Calcutta medical institutions reports 1892-1900
Year: 1892
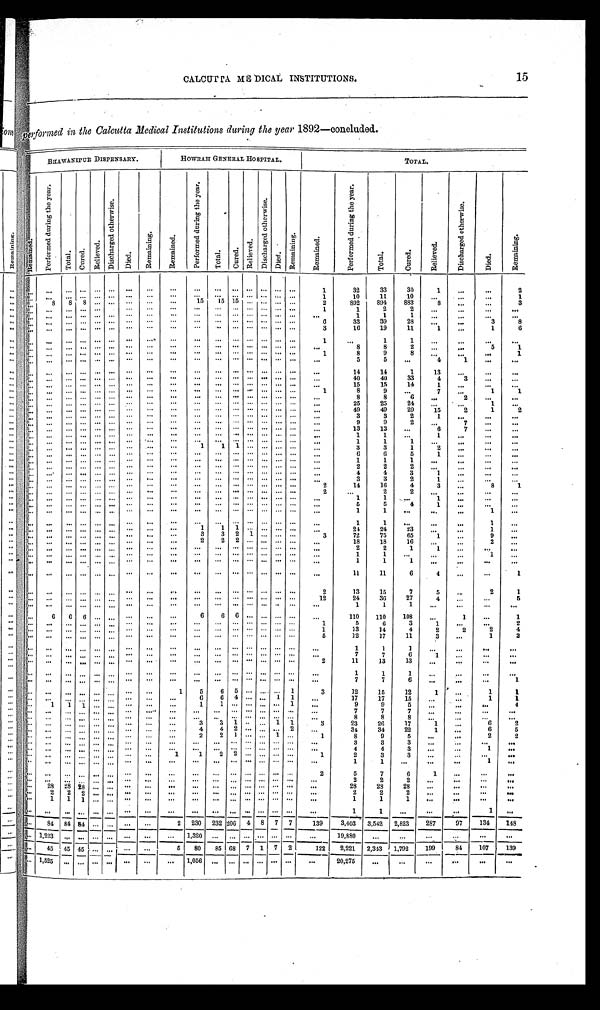
15
CALCUTTA MEDICAL INSTITUTIONS.
p e r f o r m e d i n t h e C a l c u t t a M e d i c a l I n s t i t u t i o n s d u r i n g t h e y e a r
1 8 9 2 — c o n c l u d e d .
BHAWANIPUR DISPENSARY.
HOWRAH GENERAL HOSPITAL.
TOTAL.
Pe
R e m a i n e d .
P e r f o r m e d d u r i n g t h e y e a r .
T o t a l . C u r e d . R e l i e v e d .
D i s c h a r g e d o t h e r w i s e .
D i e d .
R e m a i n i n g .
R e m a i n e d .
P e r f o r m e d d u r i n g t h e y e a r .
T o t a l .
C u r e d . R e l i e v e d .
D i s c h a r g e d o t h e r w i s e .
D i e d .
R e m a i n i n g .
R e m a i n e d .
P e r f o r m e d d u r i n g t h e y e a r .
T o t a l .
C u r e d .
R e l i e v e d .
D i s c h a r g e d o t h e r w i s e .
D i e d .
R e m a i n i n g .
1
3 2
3 3
3 0 1
2
1
1 0
1 1
1 0
8 8 8
1 5 1 5 1 5
2
8 9 2
8 9 4
8 8 3
8
3
1
1
2
2
1
1
1
6 3 3
3 9
2 8
3
8
3
1 6 19 11
1
1
6
1
1
1
8
8
2
5
1
1
8
9
8
1
5
5
4 1
1 4
1 4
1
1 3
4 0
4 0
3 3
4 3
1 5
1 5
1 4
1
1
8
9
7
1
1
8
8
6
2
2 5
2 5 24
1
4 9
4 9
2 9
1 5 2
1
2
3
3
2
1
9
9
2
7
1 3
1 3
6 7
1
1
1
1 1 1
3
3
1
2
6
6
5
1
1
1
1
2
2
2
4
4
3
1
3
3
2
1
2 1 4
1 6
4
3
8
1
2
2
2
1
1
1
5
5
4
1
1
1
1
1
1
1
1
1 1
2 4
2 4
2 3
1
3 3 2 1
3 7 2
7 5
6 5 1
9
2 2 2
1 8
1 8
1 6
2
2
2
1 1
1
1
1
1
1
1
1 1
1 1 6
4
1
2 1 3
15
7
5
2
1
1 2
2 4
3 6
2 7
4
5
1
1
1
6
6 6
6 6 6
1 1 0
1 1 0
1 0 8
1
1
1 5
6
3
1
2
1
1 3
1 4
4
2
2
2
4
5
1 2
1 7 11
3
1
2
1
1
1
7
7
6
1
2
1 1
1 3
1 3
1
1
1
7
7
6
1
1 5
6 5
1
3 1 2
1 5
1 2 1
1
1
6
6 4
1 1
1 7
1 7
1 5
1
1
1
1 1
1
1
1
9 9
5
4
7
7
7
8
8
8
3 3 1
1 1
3 2 3
2 6
1 7
1
6
2
4
4
2
2
3 4 3 4
2 2
1
6
5
2
2 1
1
1 8
9
5
2
2
3
3
3
4
4
3
1
1
1 2 2
1 2
3
3
1
1
1
2 5
7
6
1
2
2
2
28
2 8 2 8
2 8
2 8
2 8
2 2 2
2
2
2
1 1 1
1
1
1
1
1
1
8 4 8 4 8 4
2 230 232 2 0 6 4 8 7 7
1 3 9 3 , 4 0 3
3 , 5 4 2
2 , 8 2 3
2 8 7 97
1 3 4
1 4 8
1 , 2 2 3
1 , 3 2 0
_
1 9 , 8 8 0
4 5 4 5 4 5
5 80 85 6 8 7 1 7 2
1 2 2
2 , 2 2 1
2 , 3 4 3
1 , 7 9 2
1 9 9
8 4
1 0 7
1 3 9
1 , 5 2 5
1 , 0 5 6
2 0 , 2 7 5